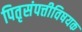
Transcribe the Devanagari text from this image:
पितृसंपत्तीविषयक